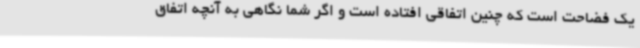
یک فضاحت است که چنین اتفاقی افتاده است و اگر شما نگاهی به آنچه اتفاق